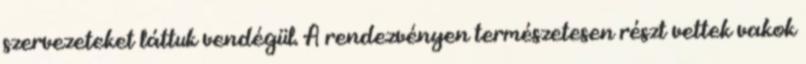
szervezeteket láttuk vendégül. A rendezvényen természetesen részt vettek vakok